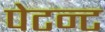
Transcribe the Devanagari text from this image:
पेटन्ट